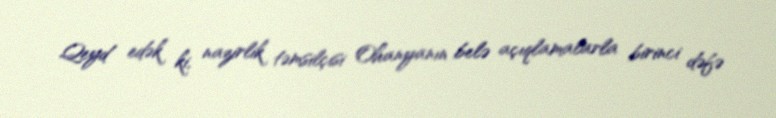
Qeyd edək ki, nazirlik təmsilçisi Ohanyanın belə açıqlamalarla birinci dəfə